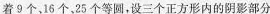
着9个、16个、25个等圆，设三个正方形内的阴影部分